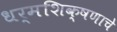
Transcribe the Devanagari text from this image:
धर्मशिक्षणाचे